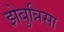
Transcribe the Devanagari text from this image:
झेबुन्निसा